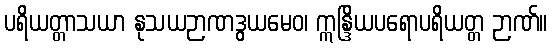
ပရိယတ္တာသယာ နုသယဉာဏဒွယမေဝ၊ ဣန္ဒြိယပရောပရိယတ္တ ဉာဏ်။